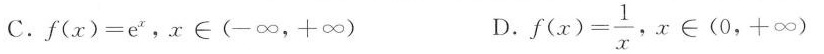
C.$$f ( x ) = e ^ ( x )$$，x\in(─∞，+∞) D.$$f ( x ) = \frac { 1 } { x }$$，x\in(0，+∞)